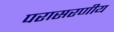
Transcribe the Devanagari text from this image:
परासरणीय